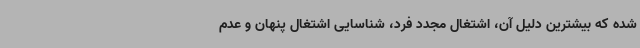
شده که بیشترین دلیل آن، اشتغال مجدد فرد، شناسایی اشتغال پنهان و عدم